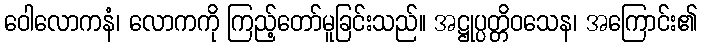
ဝေါလောကနံ၊ လောကကို ကြည့်တော်မူခြင်းသည်။ အဋ္ဌုပ္ပတ္တိဝသေန၊ အကြောင်း၏